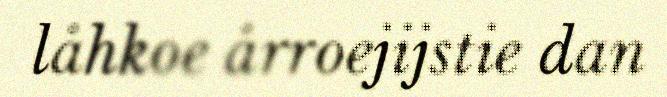
låhkoe årroejijstie dan